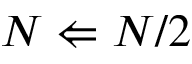
N \Leftarrow N / 2